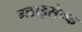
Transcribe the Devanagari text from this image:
ग्लाइसेम्क